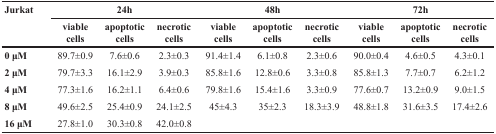
<table><thead><tr><td rowspan="2"><b>Jurkat</b></td><td></td><td><b>24h</b></td><td></td><td></td><td><b>48h</b></td><td></td><td></td><td><b>72h</b></td><td></td></tr><tr><td><b>viable cells</b></td><td><b>apoptotic cells</b></td><td><b>necrotic cells</b></td><td><b>viable cells</b></td><td><b>apoptotic cells</b></td><td><b>necrotic cells</b></td><td><b>viable cells</b></td><td><b>apoptotic cells</b></td><td><b>necrotic cells</b></td></tr></thead><tbody><tr><td><b>0 μM</b></td><td>89.7±0.9</td><td>7.6±0.6</td><td>2.3±0.3</td><td>91.4±1.4</td><td>6.1±0.8</td><td>2.3±0.6</td><td>90.0±0.4</td><td>4.6±0.5</td><td>4.3±0.1</td></tr><tr><td><b>2 μM</b></td><td>79.7±3.3</td><td>16.1±2.9</td><td>3.9±0.3</td><td>85.8±1.6</td><td>12.8±0.6</td><td>3.3±0.8</td><td>85.8±1.3</td><td>7.7±0.7</td><td>6.2±1.2</td></tr><tr><td><b>4 μM</b></td><td>77.3±1.6</td><td>16.2±1.1</td><td>6.4±0.6</td><td>79.8±1.6</td><td>15.4±1.6</td><td>3.3±0.9</td><td>77.6±0.7</td><td>13.2±0.9</td><td>9.0±1.5</td></tr><tr><td><b>8 μM</b></td><td>49.6±2.5</td><td>25.4±0.9</td><td>24.1±2.5</td><td>45±4.3</td><td>35±2.3</td><td>18.3±3.9</td><td>48.8±1.8</td><td>31.6±3.5</td><td>17.4±2.6</td></tr><tr><td><b>16 μM</b></td><td>27.8±1.0</td><td>30.3±0.8</td><td>42.0±0.8</td><td></td><td></td><td></td><td></td><td></td><td></td></tr></tbody></table>